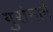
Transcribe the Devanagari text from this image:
गुरांमागें